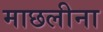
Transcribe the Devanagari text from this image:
माछलीना